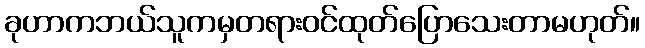
ခုဟာကဘယ်သူကမှတရားဝင်ထုတ်ပြောသေးတာမဟုတ်။